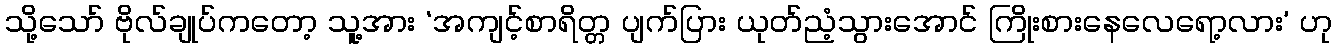
သို့သော် ဗိုလ်ချုပ်ကတော့ သူ့အား ‘အကျင့်စာရိတ္တ ပျက်ပြား ယုတ်ညံ့သွားအောင် ကြိုးစားနေလေရော့လား’ ဟု